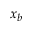
x _ { b }